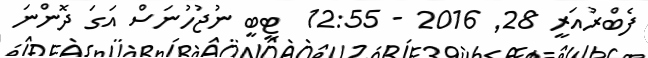
ފެބްރުއަރީ 28